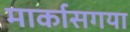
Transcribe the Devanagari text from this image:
मार्कासगया